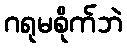
ဂရုမစိုက်ဘဲ